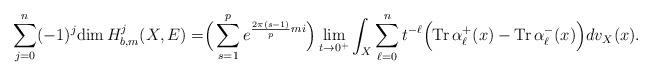
LaTeX: \begin{align*} \sum^n_{j=0}(-1)^j\mathrm{dim\,}H^j_{b,m}(X,E)=\Bigr(\sum\limits^{p}_{s=1}e^{\frac{2\pi(s-1)}{p}mi}\Bigr)\lim_{t\rightarrow0^+}\int_X\sum^n_{\ell=0}t^{-\ell}\Bigr(\mathrm{Tr\,}\alpha^+_\ell(x)-\mathrm{Tr\,}\alpha^-_\ell(x)\Bigr)dv_X(x).\end{align*}